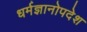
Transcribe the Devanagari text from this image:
धर्मज्ञानोपदेश